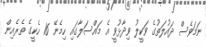
ނަމަވެސް ދައުލަތުގެ ވަކީލު ވިދާޅުވީ އެ މައްސަލާގައި ހިމެނޭ 16 ހެކީގެ ތެރެއިން